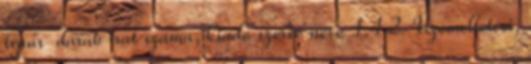
típus darab irat száma, kiadó szerve neve 1.4.2. Üzemeltetési,